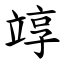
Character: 䇏